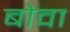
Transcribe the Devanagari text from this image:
बोवा